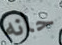
حانه